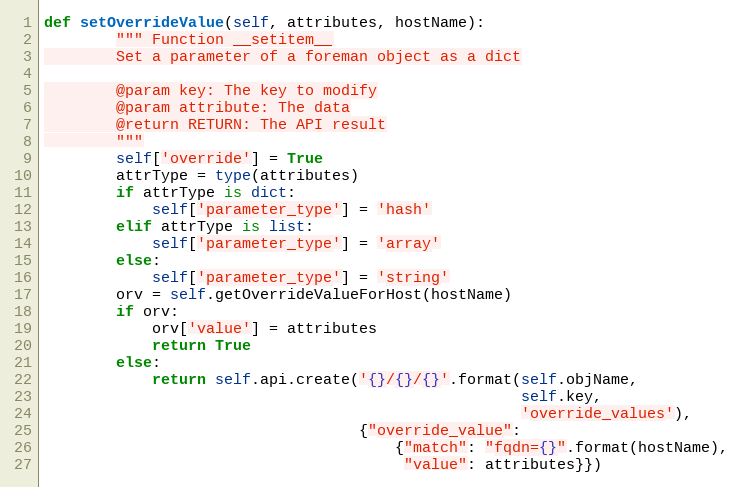
Language: Python
def setOverrideValue(self, attributes, hostName):
        """ Function __setitem__
        Set a parameter of a foreman object as a dict

        @param key: The key to modify
        @param attribute: The data
        @return RETURN: The API result
        """
        self['override'] = True
        attrType = type(attributes)
        if attrType is dict:
            self['parameter_type'] = 'hash'
        elif attrType is list:
            self['parameter_type'] = 'array'
        else:
            self['parameter_type'] = 'string'
        orv = self.getOverrideValueForHost(hostName)
        if orv:
            orv['value'] = attributes
            return True
        else:
            return self.api.create('{}/{}/{}'.format(self.objName,
                                                     self.key,
                                                     'override_values'),
                                   {"override_value":
                                       {"match": "fqdn={}".format(hostName),
                                        "value": attributes}})